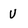
Character: V